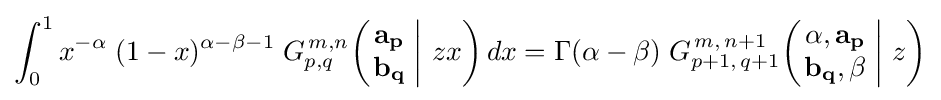
\int _{0}^{1}x^{-\alpha }\;(1-x)^{\alpha -\beta -1}\;G_{p,q}^{\,m,n}\!\left(\left.{\begin{matrix}\mathbf {a_{p}} \\\mathbf {b_{q}} \end{matrix}}\;\right|\,zx\right)dx=\Gamma (\alpha -\beta )\;G_{p+1,\,q+1}^{\,m,\,n+1}\!\left(\left.{\begin{matrix}\alpha ,\mathbf {a_{p}} \\\mathbf {b_{q}} ,\beta \end{matrix}}\;\right|\,z\right)